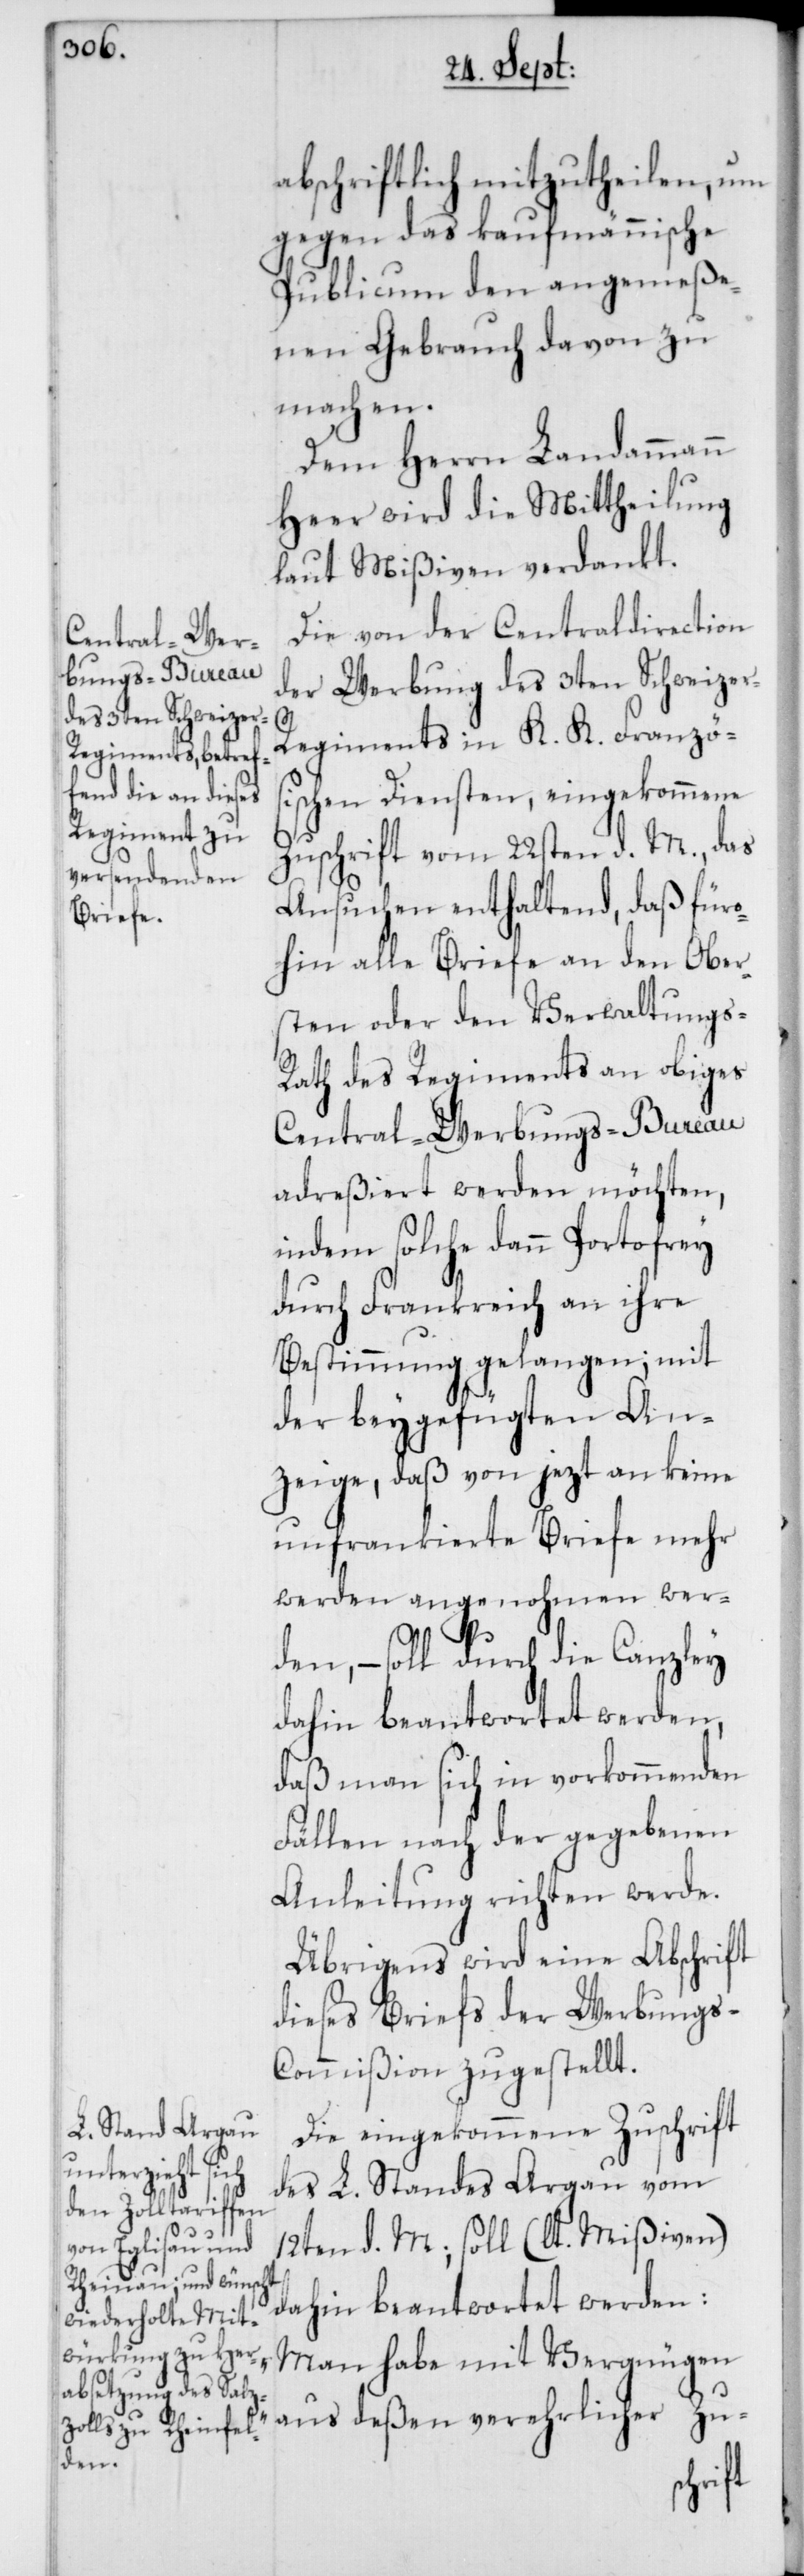
abschriftlich mitzutheilen, um
gegen das kaufmännische
Publicum den angemeße¬
nen Gebrauch davon zu
machen.
Dem Herrn Landammann
Heer wird die Mittheilung
laut Mißiven verdankt.
Die von der Centraldirection
der Werbung des 3ten Schweize¬
r-Regiments in K. K. Französi¬
schen Diensten, eingekommene
Zuschrift vom 22sten d. M., das
Ansuchen enthaltend, daß für¬
ohin alle Briefe an den Ober¬
sten oder den Verwaltungs-R¬
ath des Regiments an obiges
Central-Werbungs-Bureau
adreßiert werden möchten,
indem solche dann Portofrey
durch Frankreich an ihre
Bestimmung gelangen; mit
der beygefügten An¬
zeige, daß von jezt an keine
unfrankierte Briefe mehr
werden angenohmen wer¬
den, – soll durch die Canzley
dahin beantwortet werden,
daß man sich in vorkommenden
Fällen nach der gegebenen
Anleitung richten werde.
Übrigens wird eine Abschrift
dieses Briefs der Werbungs-C¬
ommißion zugestellt.
Die eingekommene Zuschrift
des L. Standes Argau vom
12ten d. M., soll (lt. Mißiven)
dahin beantwortet werden:
„Man habe mit Vergnügen
aus deßen verehrlicher Zu-